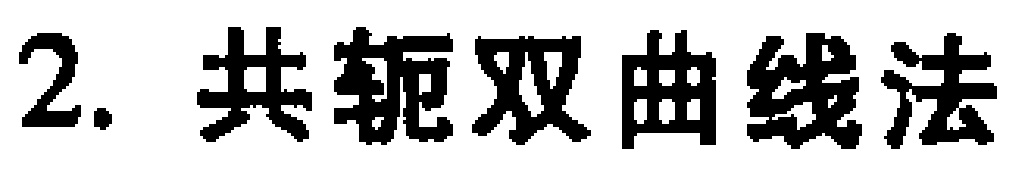
2. 共轭双曲线法